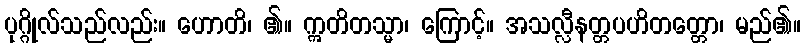
ပုဂ္ဂိုလ်သည်လည်း။ ဟောတိ၊ ၏။ ဣတိတသ္မာ၊ ကြောင့်။ အသလ္လီနတ္တပဟိတတ္တော၊ မည်၏။